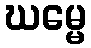
ဃမ္မေ